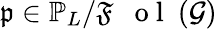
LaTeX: \mathfrak{p}\in\mathbb{P}_{L}/{\mathfrak{F}\mathrm{~\textbf~{~o~l~}~}}(\mathcal{G})